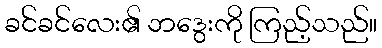
ခင်ခင်လေး၏ ဘဒွေးကို ကြည့်သည်။